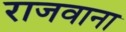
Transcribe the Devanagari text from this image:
राजवाना